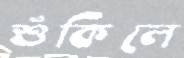
শুঁকিলে